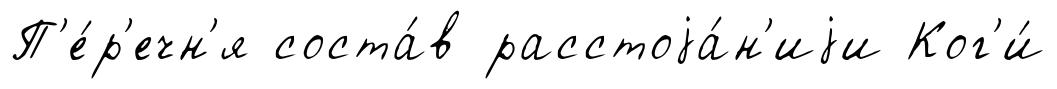
П'е́р'ечн'я соста́в расстоjа́н'иjи Ког'и́